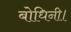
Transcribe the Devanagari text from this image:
बोधिनी।